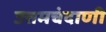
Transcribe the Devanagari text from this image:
उत्तमचंदाणी